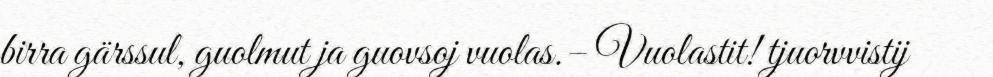
birra gärssul, guolmut ja guovsoj vuolas.– Vuolastit! tjuorvvistij